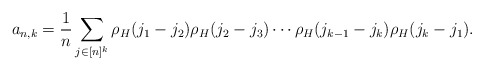
\begin{align*} a_{n,k}= \frac1n\sum_{j\in[n]^k} \rho_H(j_1-j_2)\rho_H(j_2-j_3)\cdots\rho_H(j_{k-1}-j_k)\rho_H(j_k-j_1). \end{align*}